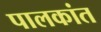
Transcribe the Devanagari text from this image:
पालकांत